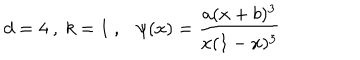
d = 4 \ , \ k = 1 \ , \ \ \ \psi ( x ) = \frac { a ( x + b ) ^ { 3 } } { x ( 1 - x ) ^ { 3 } } \,